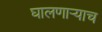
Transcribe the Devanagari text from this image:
घालणाऱ्याच